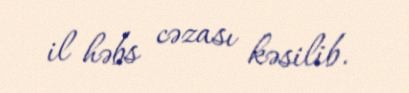
il həbs cəzası kəsilib.